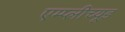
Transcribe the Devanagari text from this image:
एम्प्लीच्यूड